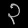
Digit: ၃